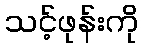
သင့်ဖုန်းကို